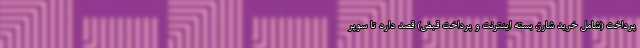
پرداخت (شامل خرید شارژ، بسته اینترنت و پرداخت قبض) قصد دارد تا سوپر